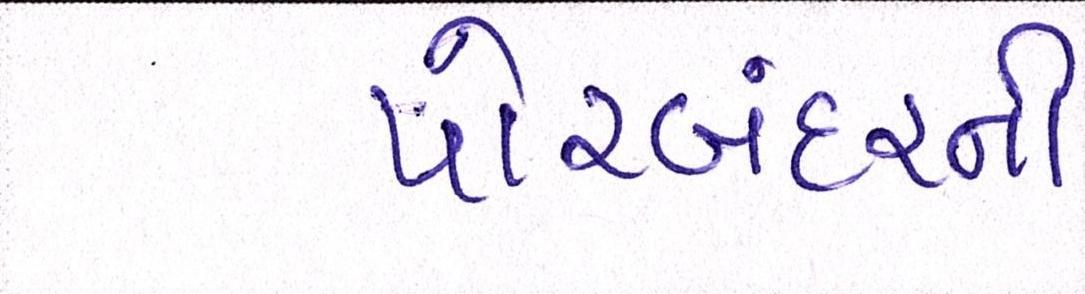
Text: પોરબંદરની